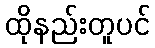
ထိုနည်းတူပင်